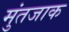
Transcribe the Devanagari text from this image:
मुंतजाक